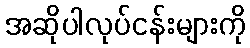
အဆိုပါလုပ်ငန်းများကို